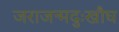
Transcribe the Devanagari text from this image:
जराजन्मदुःखौघ